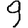
Digit: 9